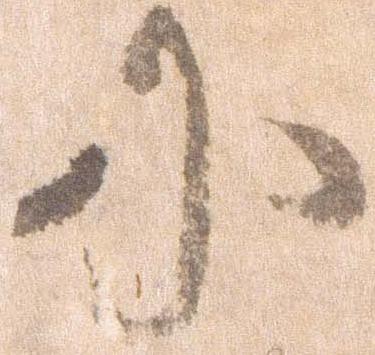
に